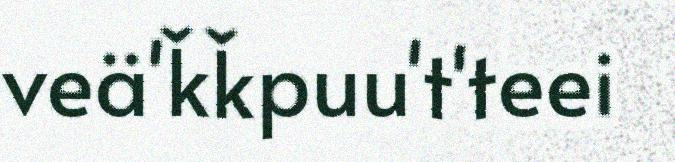
veä'ǩǩpuu't'teei